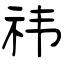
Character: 祎